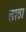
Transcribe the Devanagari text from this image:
लाठा